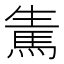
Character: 𩢫